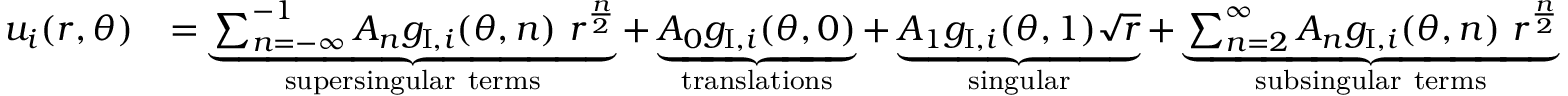
\begin{array} { r l } { u _ { i } ( r , \theta ) } & { = \underbrace { \sum _ { n = - \infty } ^ { - 1 } A _ { n } g _ { \mathrm { I } , i } ( \theta , n ) \ r ^ { \frac { n } { 2 } } } _ { \mathrm { s u p e r s i n g u l a r ~ t e r m s } } + \underbrace { A _ { 0 } g _ { \mathrm { I } , i } ( \theta , 0 ) } _ { \mathrm { t r a n s l a t i o n s } } + \underbrace { A _ { 1 } g _ { \mathrm { I } , i } ( \theta , 1 ) \sqrt { r } } _ { \mathrm { s i n g u l a r } } + \underbrace { \sum _ { n = 2 } ^ { \infty } A _ { n } g _ { \mathrm { I } , i } ( \theta , n ) \ r ^ { \frac { n } { 2 } } } _ { \mathrm { s u b s i n g u l a r ~ t e r m s } } } \end{array}